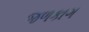
જળકાગ